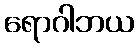
ရောဂါဘယ